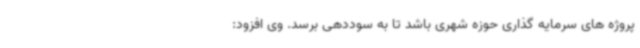
پروژه های سرمایه گذاری حوزه شهری باشد تا به سوددهی برسد. وی افزود: